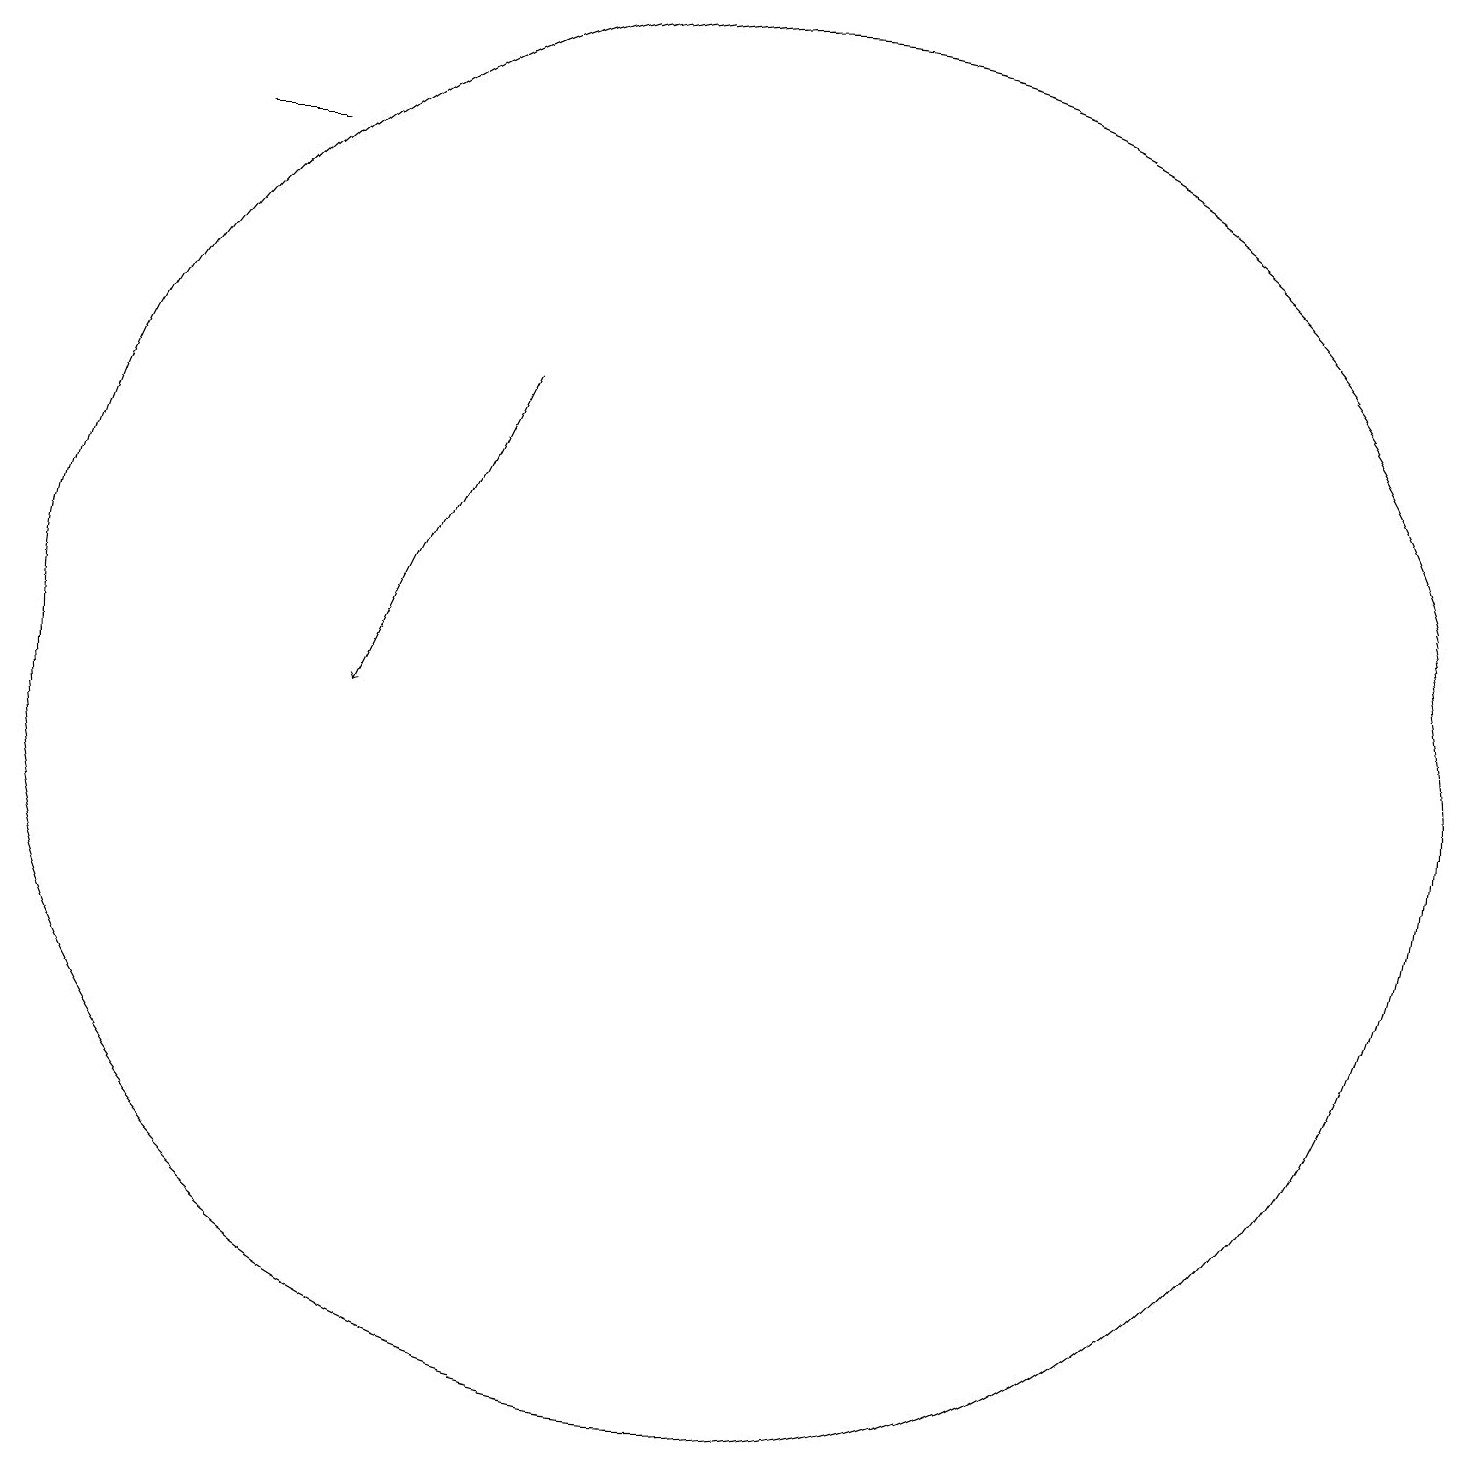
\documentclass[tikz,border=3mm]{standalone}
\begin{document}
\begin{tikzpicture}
\draw[->] (7,16) -- (5,12);
\draw (10,12) circle (9);
\draw (3,19) rectangle (4,19);
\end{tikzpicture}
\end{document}